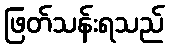
ဖြတ်သန်းရသည်